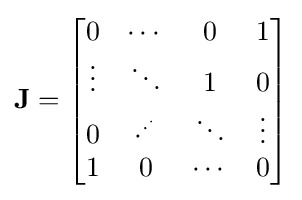
{\textbf {J}}={\begin{bmatrix}0&\cdots &0&1\\\vdots &\ddots &1&0\\0&\cdot ^{\cdot ^{\cdot }}&\ddots &\vdots \\1&0&\cdots &0\end{bmatrix}}